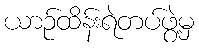
ယာဉ်ထိန်းရဲတပ်ဖွဲ့မှ